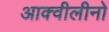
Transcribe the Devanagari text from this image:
आक्वीलीनो